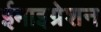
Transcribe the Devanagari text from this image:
ईमाइग्रेशन